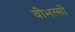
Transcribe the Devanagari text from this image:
वीभत्सों